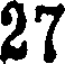
27